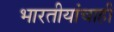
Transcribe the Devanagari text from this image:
भारतीयांचाही